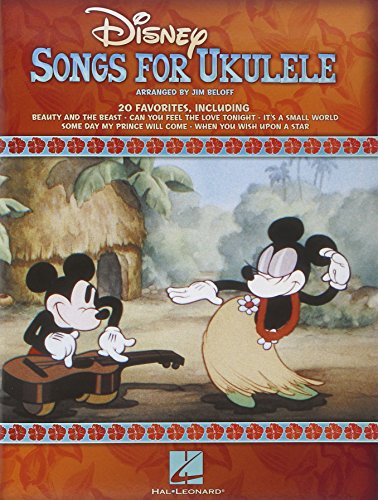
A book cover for Disney Songs For Ukulele; Jim Beloff; Humor & Entertainment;